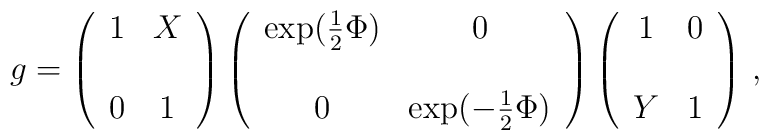
g = \left(\begin{array}{cc} 1 & X \\ & \\ 0 & 1 \end{array}\right)    \left(\begin{array}{cc} \exp(\frac 12 \Phi) & 0 \\ & \\     0 & \exp(-\frac 12 \Phi) \end{array}\right)    \left(\begin{array}{cc} 1 & 0 \\ & \\ Y & 1 \end{array}\right)\,,